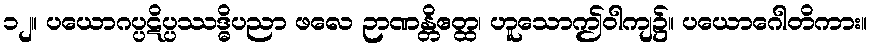
၁၂။ ပယောဂပ္ပဋိပ္ပဿဒ္ဓိပညာ ဖလေ ဉာဏန္တိဧတ္ထ၊ ဟူသောဤဝါကျ၌။ ပယောဂေါတိကား။